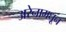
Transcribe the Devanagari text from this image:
अरेनामधून